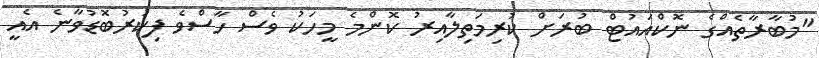
"މުބާރާތެއްގެ ނޮކްއައުޓް ބުރަށް ކުރިމަތިލާއިރު ކޮންމެ މީހަކު ވެސް ހާސްވެ ފިކުރުބޮޑުވާނެ އެއީ